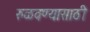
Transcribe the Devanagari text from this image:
रुळवण्यासाठी